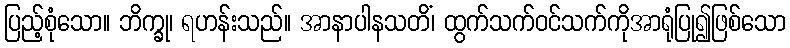
ပြည့်စုံသော။ ဘိက္ခု၊ ရဟန်းသည်။ အာနာပါနသတိံ၊ ထွက်သက်ဝင်သက်ကိုအာရုံပြု၍ဖြစ်သော